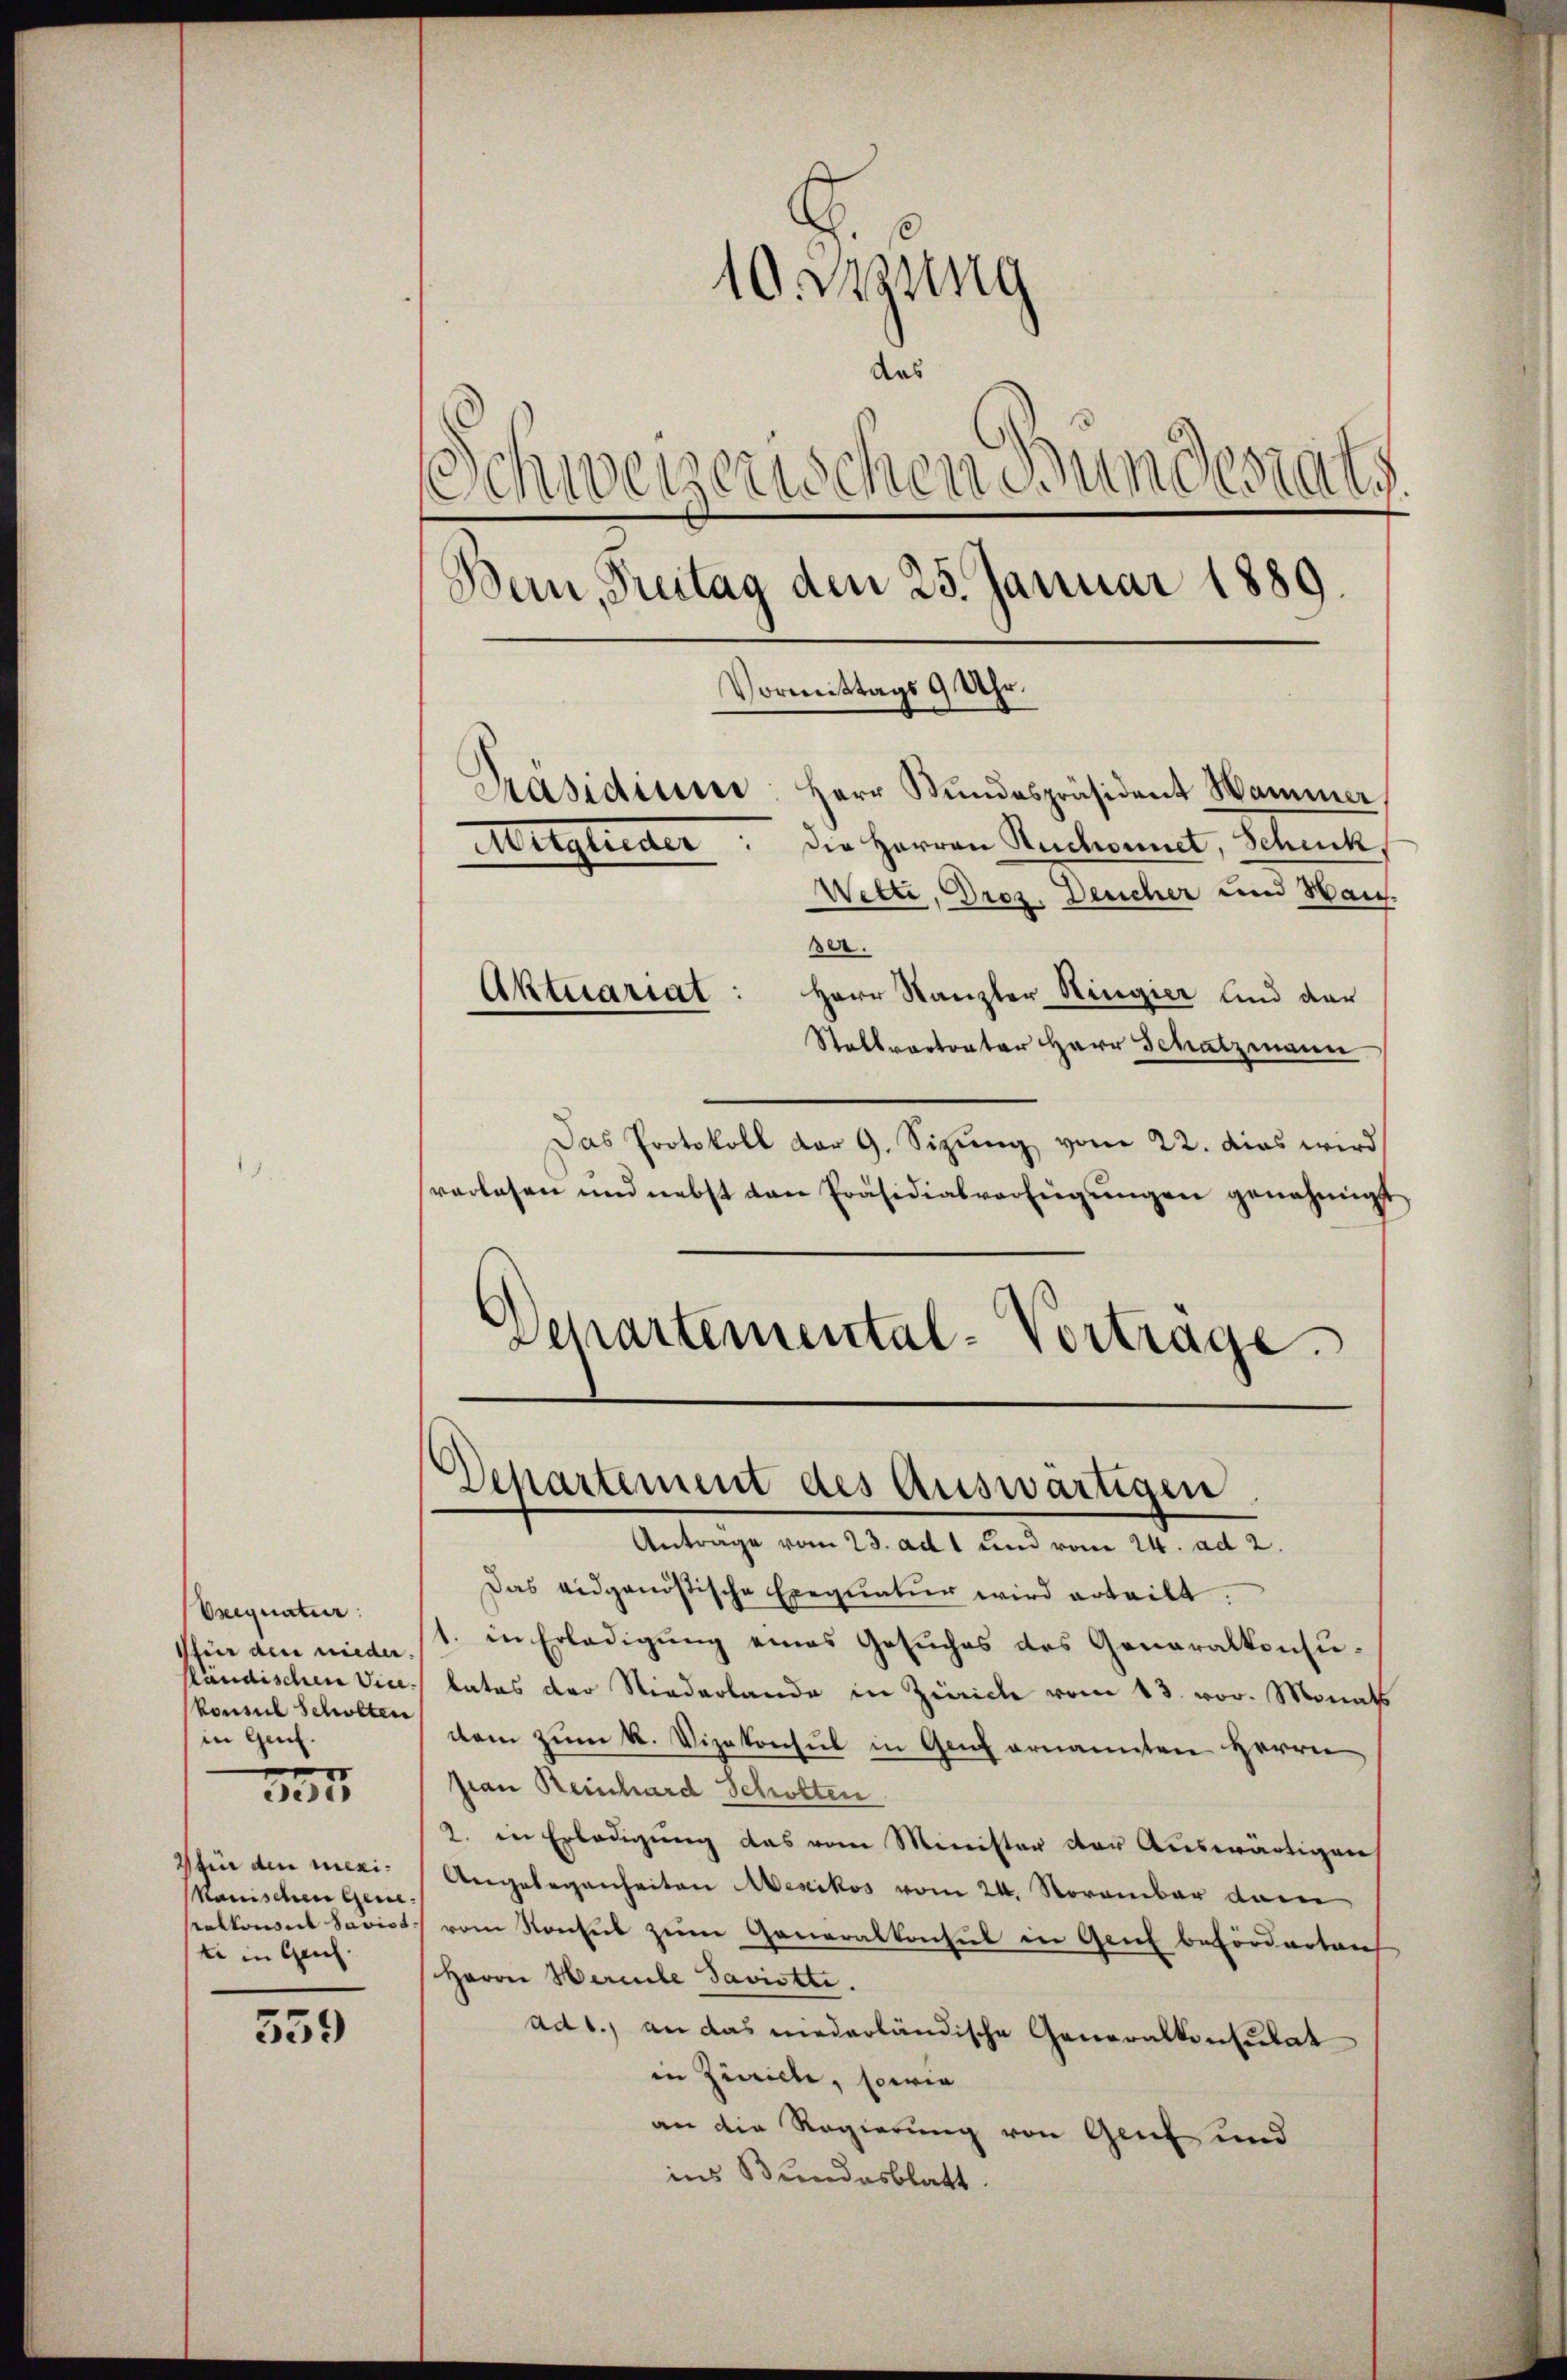
Exequatur.
sfür den nieder.
ländischen Vice
konsul Scholten
in Genf.
335

für den menikanischen Gene
ralkonsul Savist
ti in Genf.

359

ser.
Aktuariat: Herr Kanzler Ringier und der
Stallvertrater Herr Schatzmann
Das Protokoll dar 9. Sizŭng vom 22. dies wird
sverlesen und nebst von Präsidialverfügungen genehmigt
¬
Departemental-Vortrage.

10. Lesung
das
Schweizerischen Bundesrats
Bern, Freitag den 25. Januar 1889.
Vormittags 9 Uhr.
Präsidium: Herr Stŭndespräsident Hammer,
die Herren Ruchonnet, Schenk,
Mitglieder
Wette, Droz. Deucher und Wan

Departement des Auswärtigen

Antrage vom 23. ad 1 und vom 24. ad 2.
Das eidgenößische Exequatur wird erteilt.
1. in Erledigung eines Gesuches des Generalkonsulates der Niederlande in Zürich vom 13. vor. Monats
tem zum K. Vizekonsul in Genf ernannten Herrn
frau Reinhard Scholten
2. in Erledigung das vom Minister der Auswärtigen
Angelegenheiten Mesikos vom 24. November dann
vom Konseit zum Generalkonsul in Genf befördertauch
Herrn Hercele Javistte.
ad 1., an das niederländische Generalkonsulat
in Ziville, sowie
an die Regierung von Genf und
ins Bundesblatt.